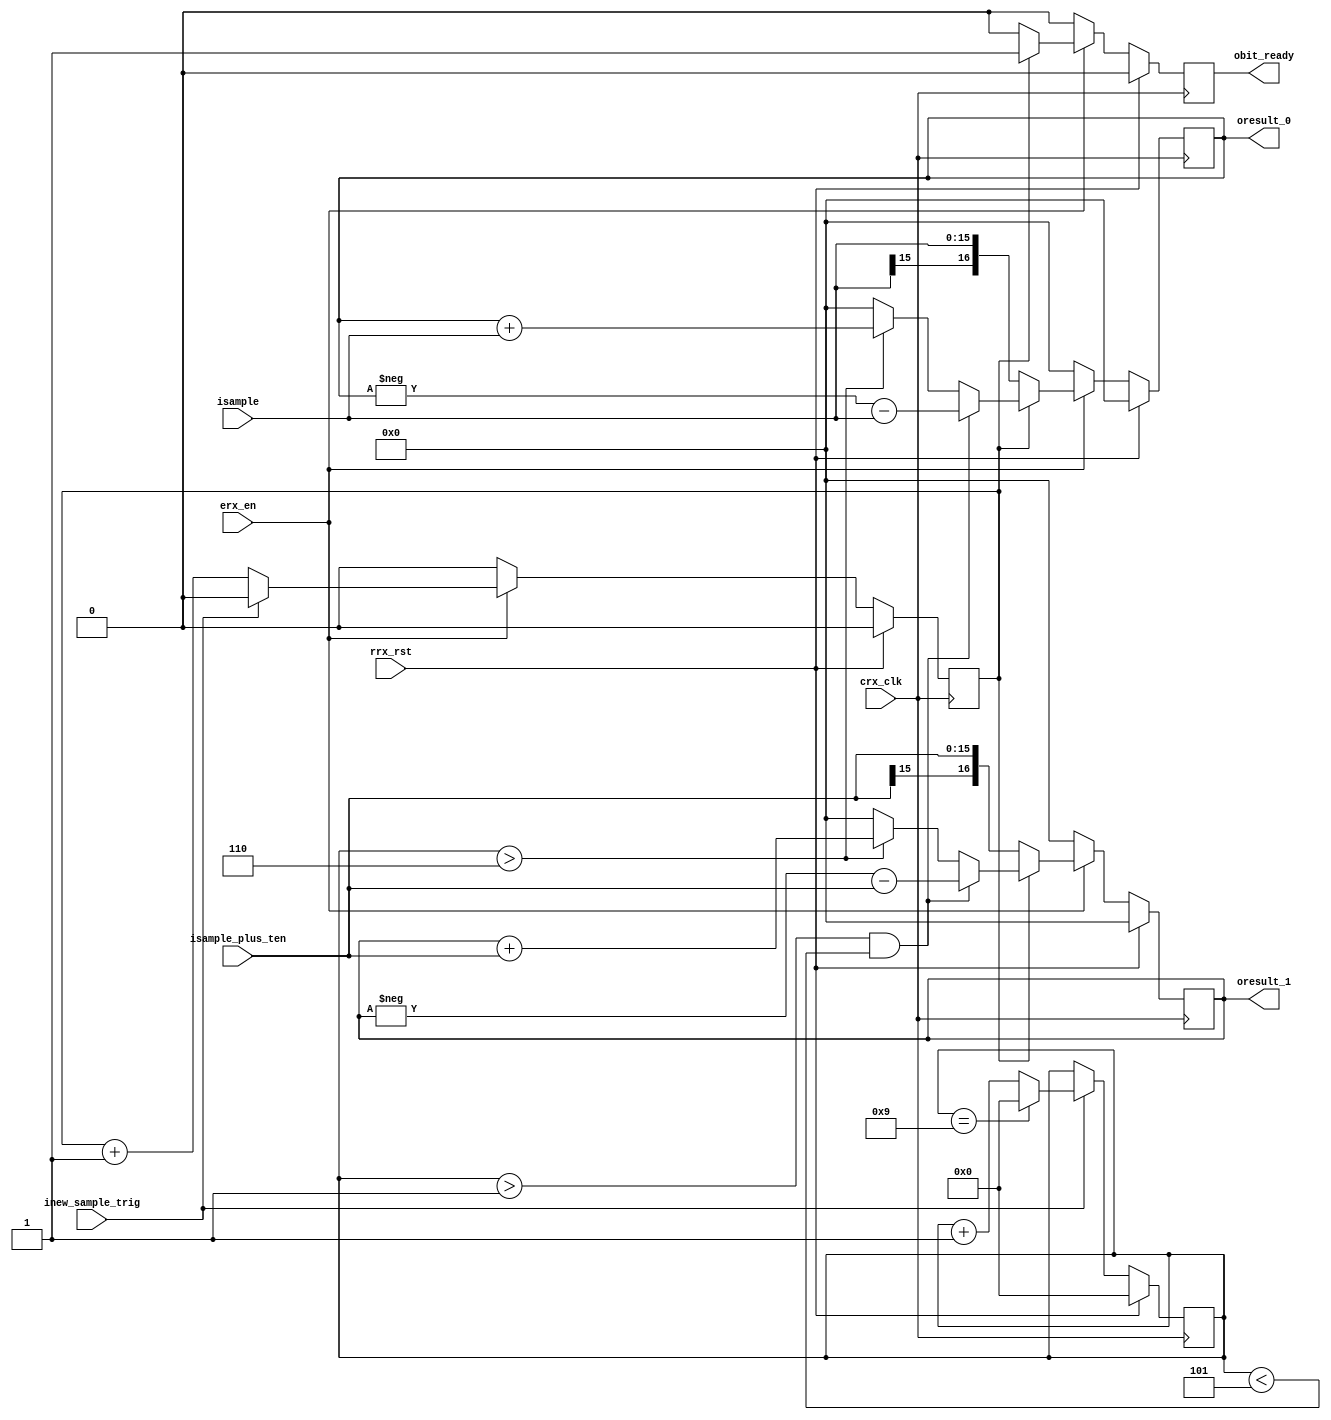
/* * * * * * * * * * * * * * * * * * * * * * * * * * * * * * * * * * * * * * *\
* rx_filter.v v0.00                                                           *
*                                                                             *
* @Author  Joao Miguel Fernandes Magalhaes                                    *
* @Contact up201305379@fe.up.fe                                               *
* @Date    08/03/2018 17:17:01 GMT                                            *
*                                                                             *
* This part of code is written in Verilog hardware description language (HDL).*
* Please visit http://en.wikipedia.org/wiki/Verilog (or some proper source)   *
* for more details on the language used herein.                               *
\* * * * * * * * * * * * * * * * * * * * * * * * * * * * * * * * * * * * * * */


/**
 * GENERAL DESCRIPTION:
 *
 *
 * CONSTRAINTS:
 *
 */

module rx_correlation_unit #(
  parameter SAMPLE_POSITION = 0
  )(
  input  wire               crx_clk         ,  //clock signal
  input  wire               rrx_rst         ,  //reset signal
  input  wire               erx_en          ,  //enable signal

  input  wire               inew_sample_trig,

  input  wire signed [15:0] isample         ,
  input  wire signed [15:0] isample_plus_ten,

  output reg                obit_ready      ,
  output reg  signed [16:0] oresult_0       ,
  output reg  signed [16:0] oresult_1
  );

  reg         [3:0] rnormalized_order;
  reg signed [16:0] rsum_0, rsum_1   ;
  reg               flag             ;

  //flag used to count the two clocks necessary to process one bit
  always @(posedge crx_clk) begin
    if (rrx_rst) begin
      flag <= 0;
    end else begin
      if (!erx_en) begin
        flag <= 0;
      end else begin
        if (inew_sample_trig) begin
          flag <= 0;
        end else begin
          flag <= flag + 1;
        end
      end
    end
  end

  //based on the sample order it decides what to do with the samples
  always @(*) begin
    if (rnormalized_order > 1 && rnormalized_order < 5) begin
      rsum_0 = - oresult_0 - isample         ;
      rsum_1 = - oresult_1 - isample_plus_ten;
    end else begin
      if (rnormalized_order > 6) begin
        rsum_0 = oresult_0 + isample         ;
        rsum_1 = oresult_1 + isample_plus_ten;
      end else begin
        rsum_0 = 0;
        rsum_1 = 0;
      end
    end
  end

  //Keeps track of the samples order relative to its position
  always @(posedge crx_clk) begin
    if (rrx_rst == 1) begin
      if (SAMPLE_POSITION != 0) begin
        rnormalized_order <= 10 - SAMPLE_POSITION;
      end else begin
        rnormalized_order <= SAMPLE_POSITION;
      end 
    end else begin
      if (inew_sample_trig) begin
        if (rnormalized_order == 9) begin
          rnormalized_order <= 0;
        end else begin
          rnormalized_order <= rnormalized_order + 1;
        end
      end
    end
  end

  //holds the result of the correlation of each sample for the
  //two clocks corresponding to one bit of the pseudo random binary
  //sequence
  always @(posedge crx_clk) begin
    if (rrx_rst) begin
      oresult_0  <= 0;
      oresult_1  <= 0;
      obit_ready <= 0;
    end else begin
      if (!erx_en) begin
        oresult_0  <= 0;
        oresult_1  <= 0;
        obit_ready <= 0;
      end else begin
        if (!flag) begin
          oresult_0  <= isample;
          oresult_1  <= isample_plus_ten;
          obit_ready <= 0;
        end else begin
          oresult_0  <= rsum_0;
          oresult_1  <= rsum_1;
          obit_ready <= 1;
        end
      end
    end
  end

endmodule


/* * * * * * * * * * * * * * * * * * * * * * * * * * * * * * * * * * * * * * *\
*                                                                             *
*              @Copyright (C) 2018, #1Nadal, All Rights Reserved              *
*                                                                             *
\* * * * * * * * * * * * * * * * * * * * * * * * * * * * * * * * * * * * * * */